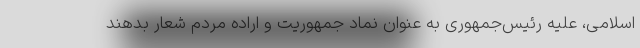
اسلامی، علیه رئیس‌جمهوری به عنوان نماد جمهوریت و اراده مردم شعار بدهند